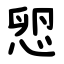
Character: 㤻